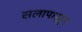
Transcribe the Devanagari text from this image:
सलापासून